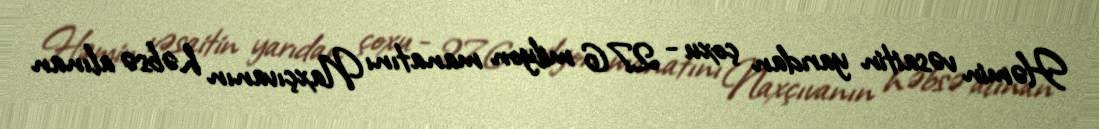
Həmin vəsaitin yarıdan çoxu - 276 milyon manatını Naxçıvanın həbsə alınan